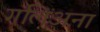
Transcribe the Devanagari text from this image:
गलिअना